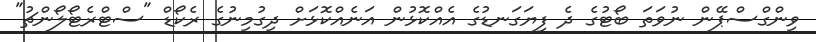
ވިންގްސްޕޭން ނުވަތަ ބޯޓުގެ ދެ ފިޔަގަނޑުގެ އެއްކޮޅުން އަނެއްކޮޅަށް ދިގުމިނުގެ ރެކޯޑް "ސްޓްރެޓޯލޯންޗު"